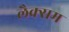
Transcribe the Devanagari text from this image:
लैक्सम